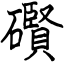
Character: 礥